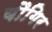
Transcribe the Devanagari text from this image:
यौगिर